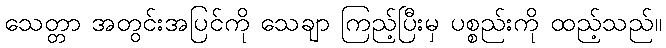
သေတ္တာ အတွင်းအပြင်ကို သေချာ ကြည့်ပြီးမှ ပစ္စည်းကို ထည့်သည်။